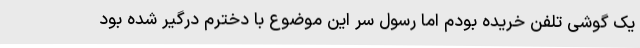
یک گوشی تلفن خریده بودم اما رسول سر این موضوع با دخترم درگیر شده بود